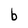
Character: b